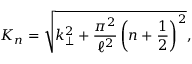
K _ { n } = \sqrt { k _ { \bot } ^ { 2 } + \frac { \pi ^ { 2 } } { \ell ^ { 2 } } \left( n + \frac { 1 } { 2 } \right) ^ { 2 } } ,